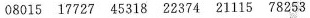
08015 17727 45318 22374 21115 78253